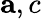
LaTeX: \mathbf{a},c